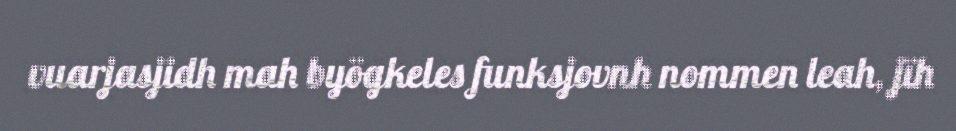
vuarjasjidh mah byögkeles funksjovnh nommen leah, jïh